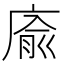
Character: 㢏